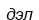
дэл